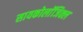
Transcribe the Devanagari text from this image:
सायकोलाॅजिक्ल